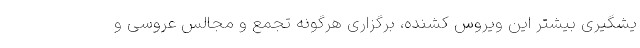
یشگیری بیشتر این ویروس کشنده، برگزاری هرگونه تجمع و مجالس عروسی و